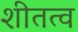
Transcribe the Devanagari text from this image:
शीतत्व